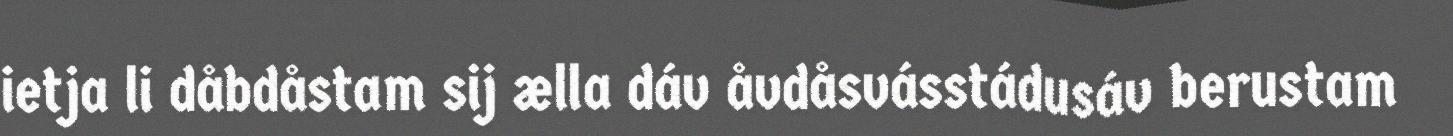
ietja li dåbdåstam sij ælla dáv åvdåsvásstádusáv berustam